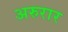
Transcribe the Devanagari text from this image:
अरुरार